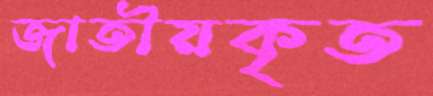
জাতীয়কৃত